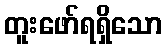
တူးဖော်ရရှိသော